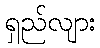
ရှည်လျား